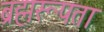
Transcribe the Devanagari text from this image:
ब्रह्मरूपता